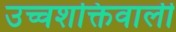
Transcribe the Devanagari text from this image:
उच्चशक्तिवाली